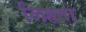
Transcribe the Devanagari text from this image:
लिहता